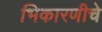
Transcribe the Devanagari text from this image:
भिकारणीचे